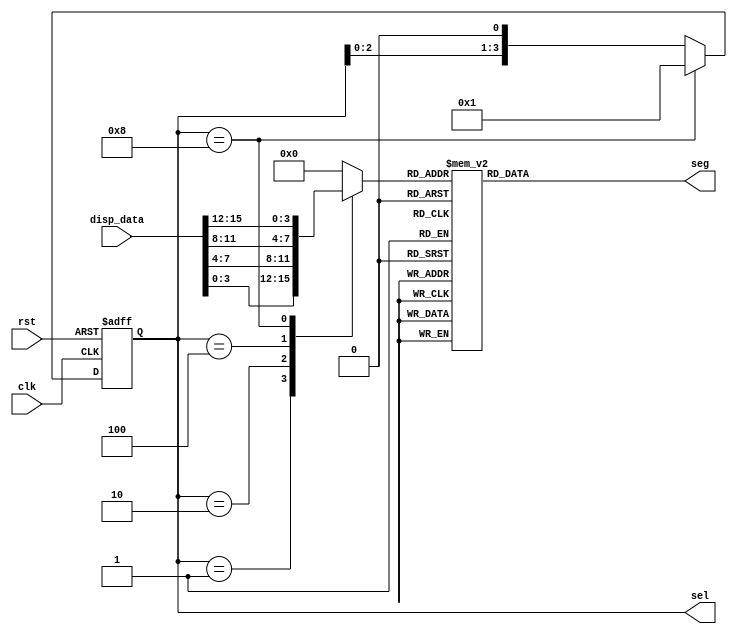
module encoder_dispData (
    input rst, 
    input clk,      // clk_1k
    input [15:0] disp_data,
    output reg [6:0] seg, 
    output reg [3:0] sel
);

// 
reg [3:0] data_temp;

// 
always @(posedge clk or negedge rst) begin
    if (!rst)
        sel <= 4'b0001;
    else if(sel == 4'b1000)     
        sel <= 4'b0001;      
    else
        sel <= sel << 1;        // , 
end

always@(disp_data or sel) 
    case(sel) 
        4'b0001:data_temp = disp_data[3:0]; 
        4'b0010:data_temp = disp_data[7:4]; 
        4'b0100:data_temp = disp_data[11:8]; 
        4'b1000:data_temp = disp_data[15:12]; 
        default:data_temp = 4'b0000; 
    endcase

// ---LUT
always @(data_temp)
    case(data_temp)
        4'h0:seg = 7'b1000000; 
        4'h1:seg = 7'b1111001; 
        4'h2:seg = 7'b0100100; 
        4'h3:seg = 7'b0110000; 
        4'h4:seg = 7'b0011001; 
        4'h5:seg = 7'b0010010; 
        4'h6:seg = 7'b0000010; 
        4'h7:seg = 7'b1111000; 
        4'h8:seg = 7'b0000000; 
        4'h9:seg = 7'b0010000;
        default:seg = 7'b0000001;   // 
    endcase
endmodule